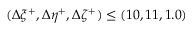
( \Delta \xi ^ { + } , \Delta \eta ^ { + } , \Delta \zeta ^ { + } ) \leq ( 1 0 , 1 1 , 1 . 0 )